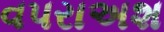
વપરાઅશ